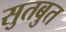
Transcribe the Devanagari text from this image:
सुतबुत